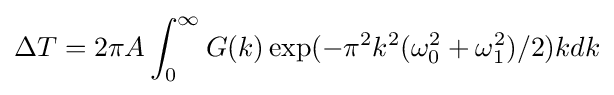
\Delta T=2\pi A\int _{0}^{\infty }G(k)\exp(-\pi ^{2}k^{2}(\omega _{0}^{2}+\omega _{1}^{2})/2)kdk